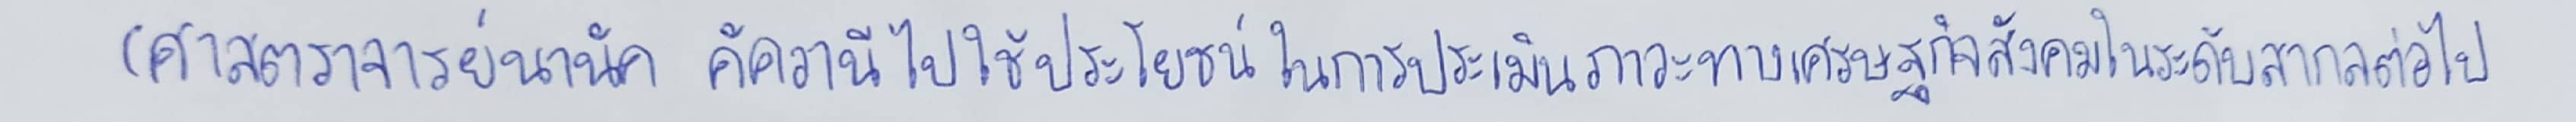
(ศาสตราจารย์นานัค คัควานีไปใช้ประโยชน์ในการประเมินภาวะทางเศรษฐกิจสังคมในระดับสากลต่อไป